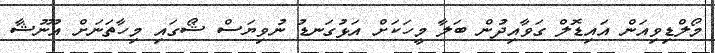
މޯލްޑިވިއަން އައިޑޮލް ގަވާއިދުން ބަލާ މީހަކަށް އަޅުގަނޑު ނުވިޔަސް ޝޯގައި މިހާތަނަށް އުނޫޝާ